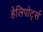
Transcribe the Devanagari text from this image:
हेलिपोर्ट्स